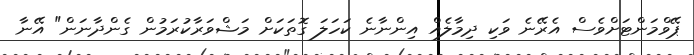
ޕޭވްމަންޓަށްވެސް އެރޭނެ ވަކި ދިމާލެއް އިންނާނެ ކަހަލަ ގޮތަކަށް މަޝްވަރާކުރަމުން ގެންދާނަން" އޭނާ